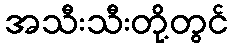
အသီးသီးတို့တွင်